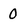
Character: 0